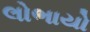
લોભાયો